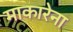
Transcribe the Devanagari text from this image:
माकारेना